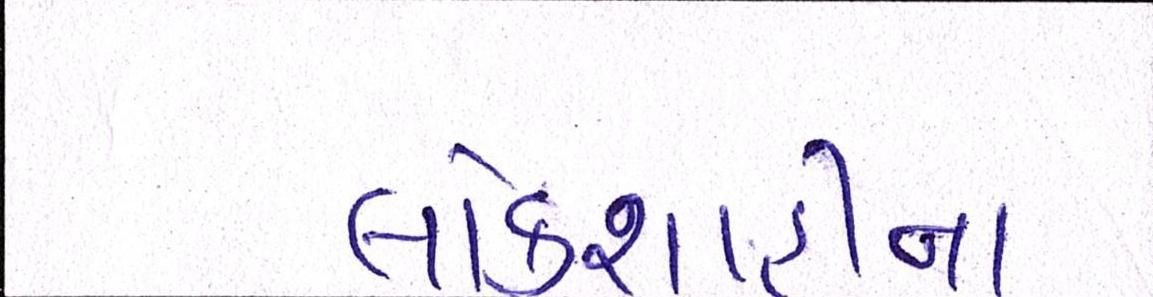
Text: લોકશાહીના